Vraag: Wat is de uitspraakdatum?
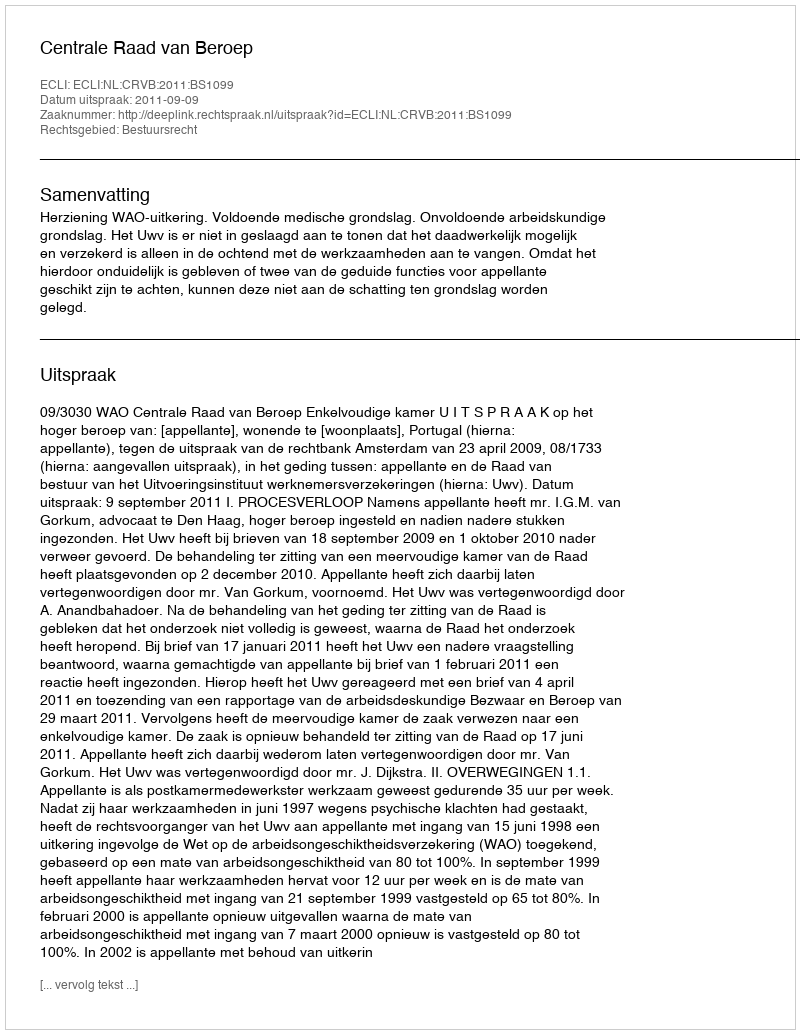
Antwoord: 2011-09-09